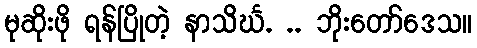
မုဆိုးဖို ရန်ပြိုတဲ့ နာသိင်္ဃ. .. ဘိုးတော်ဒေသ။